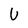
Character: U